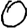
Digit: 0